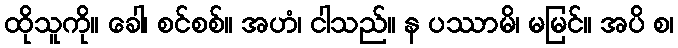
ထိုသူကို။ ခေါ၊ စင်စစ်။ အဟံ၊ ငါသည်။ န ပဿာမိ၊ မမြင်။ အပိ စ၊